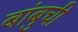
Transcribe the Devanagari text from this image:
बांबुची